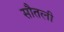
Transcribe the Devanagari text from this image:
सौतली